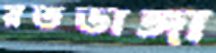
রতডাঙ্গা